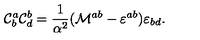
{ \cal C } _ { b } ^ { a } { \cal C } _ { d } ^ { b } = \frac { 1 } { \alpha ^ { 2 } } ( { \cal M } ^ { a b } - \varepsilon ^ { a b } ) \varepsilon _ { b d } .